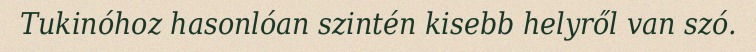
Tukinóhoz hasonlóan szintén kisebb helyről van szó.